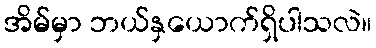
အိမ်မှာ ဘယ်နှယောက်ရှိပါသလဲ။